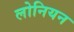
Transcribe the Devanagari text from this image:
लोनियन